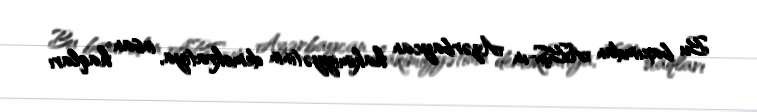
Bu baxımdan ABŞ-ın Azərbaycan hakimiyyətinin demokratiya, insan haqları